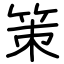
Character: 策